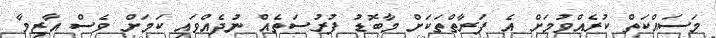
މަސައްކަތް ކުރެއްވުމަށް އެ ފަރާތްތަކަށް މާބޮޑު ފުރުސަތެއް ނުދެއްވައި ކަމަށް ވެސް އާޒިމާ